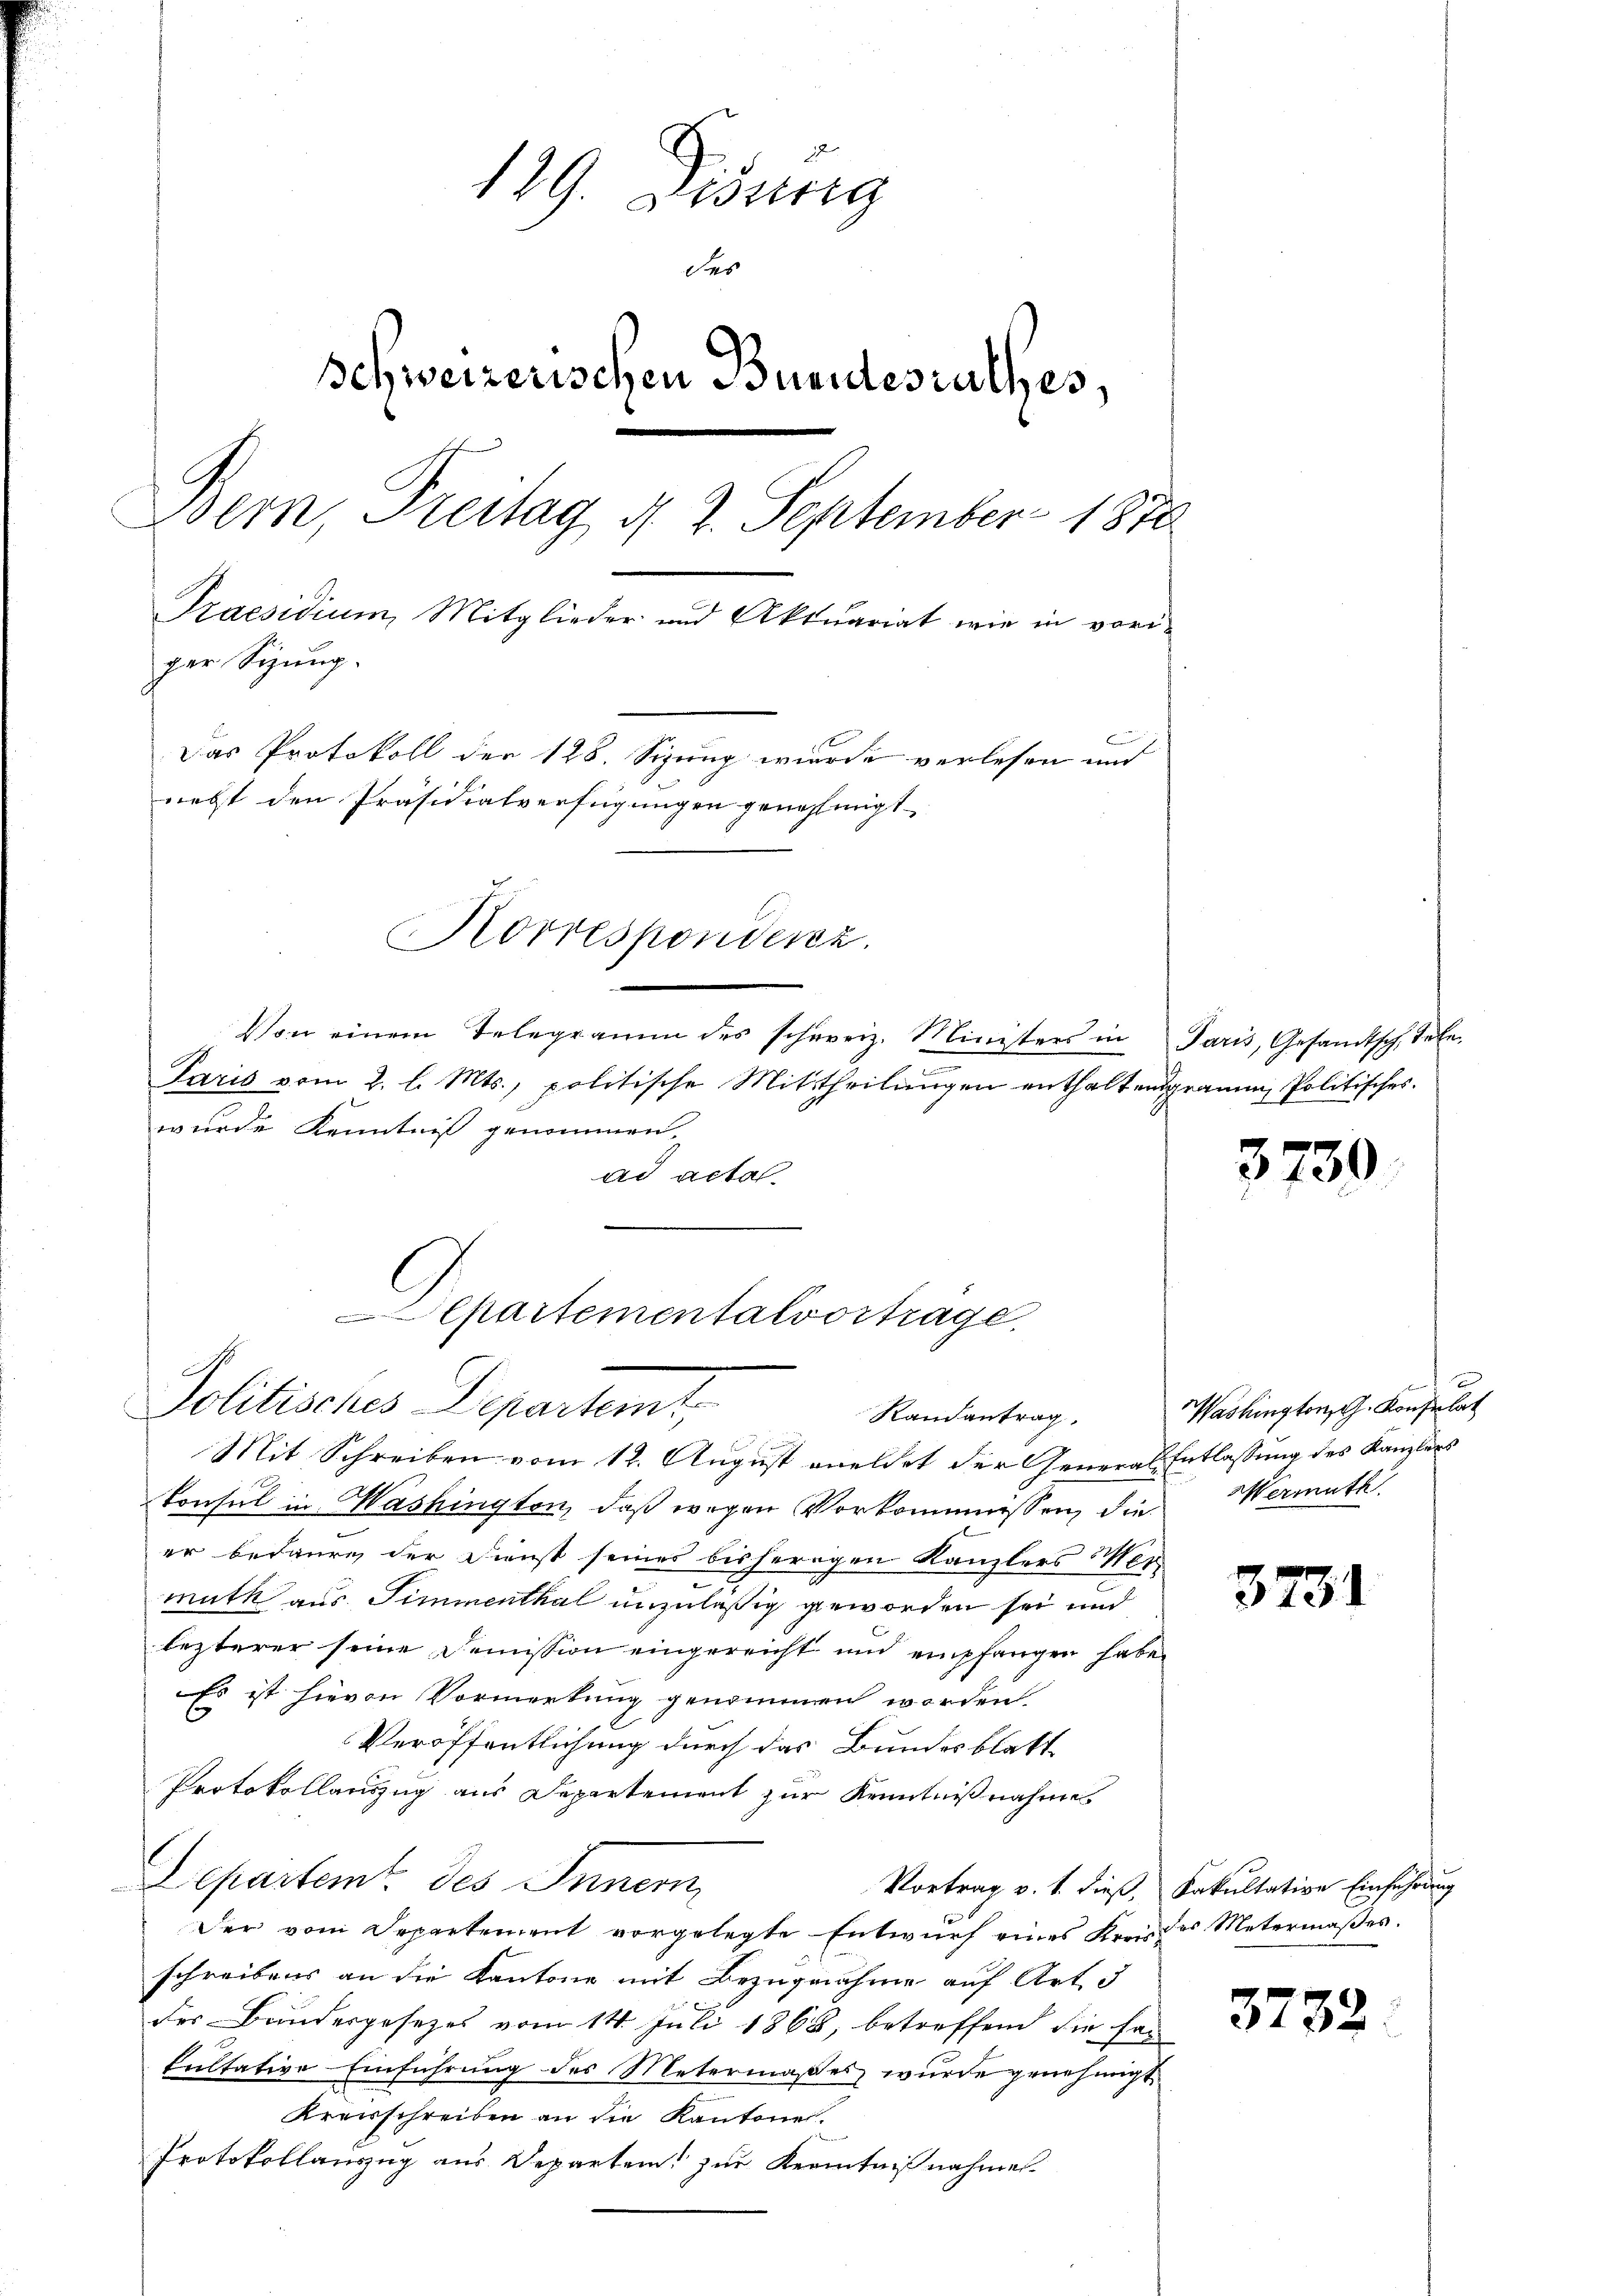
129. Disung
des
schweizerischen Buentesrathes,
Bern, Freitag d. 2. September 1870
Praesidium, Mitglieder und Aktuariat wie in voriger Sitzung.
Das Protokoll der 126. Sizung wurde verlesen und
nebst den Präsidialverfügungen genehmigt
Korrespondenz.

Von einem Telegramm des schweiz. Ministers in
e
Paris vom 2. l. Mts., politische Mittheilungen enthaltengramm, Politisches.
wurde Kenntniß genommen.
ad acta

Departementalvortrage.
Politisches Departemt,
Randantrag.

Mit Schreiben vom 12. August meldet der General-Entlassung des Kanzlers
Consul in Washington, daß wegen Vorkommissen, die Wermuth.
er bedaure der Dienst seines bisherigen Kanzlers Ver-
muth aus. Simmenthal unzuläßig geworden sei und
lezterer seine Demission eingereicht und empfangen haben
Es ist hievon Vormerkung genommen worden
Veröffentlichung durch das Bundesblatt
Protokollauszug aus Departement zur Kenntnißnahmes
s
Departem des Innern,
Der vom Departement vorgelegte Entwurf eines Kreis des Metermaßes.
schreibens an die Kantone mit Bezugnahme auf Art. 5
des Bundergesezes vom 14. Juli 1868, betreffend die fan
kultative Einführung des Metermaßes wurde genehmigt,
Kreisschreiben an die Kantone.
Protokollauszug aus Departen, zur Kenntnißnahmen.

Paris, Gesandtsch Refe

3739

Washingtong. Konsulat

3731

Vortrag v. 1. dieß, Fakultative Einführung

3732.